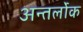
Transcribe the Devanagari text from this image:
अन्तर्लोक